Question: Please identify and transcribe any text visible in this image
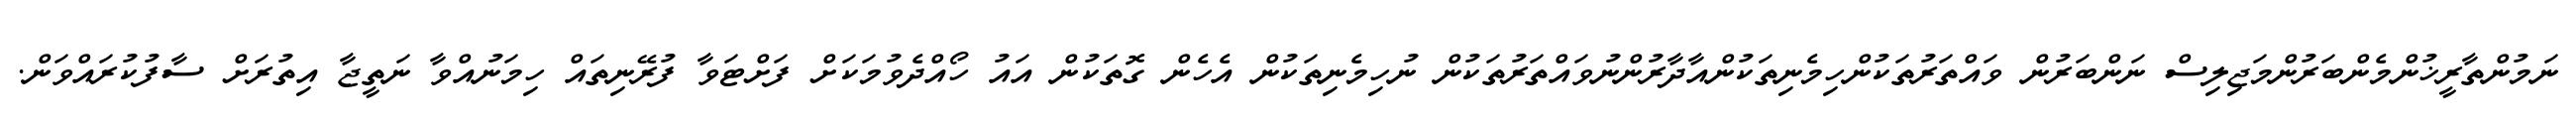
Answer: ނަމުންތާރީޚުންމެންބަރުންމަޖިލިސް ނަންބަރުން ވައްތަރުތަކުންހިމެނިތަކުންއާދާރުންނުވައްތަރުތަކުން ނުހިމެނިތަކުން އެހެން ގޮތަކުން އައު ހޯއްދެވުމަކަށް ފަށްޓަވާ ފުރޭނިތައް ހިމަނުއްވާ ނަތީޖާ އިތުރަށް ސާފުކުރައްވަން.